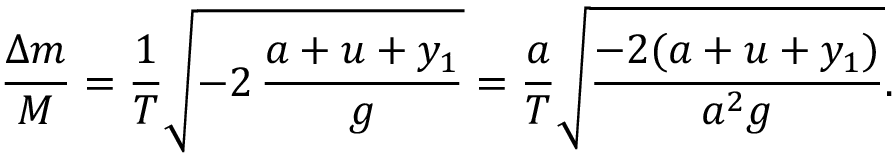
\frac { \Delta m } { M } = \frac { 1 } { T } \sqrt { - 2 \, \frac { a + u + y _ { 1 } } { g } } = \frac { a } { T } \sqrt { \frac { - 2 ( a + u + y _ { 1 } ) } { a ^ { 2 } g } } .